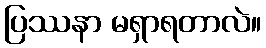
ပြဿနာ မရှာရတာလဲ။